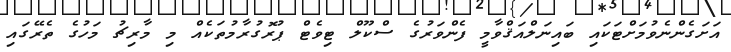
އަށަގެންނެވުމަށްޓަކައި ބައިނަލްއަޤްވާމީ ފެންވަރުގެ ސްކޫލް ޓިވެޓް ޕުރޮގުރާމުތަކެއް މި މާރިޗު މަހުގެ ތެރޭގައި